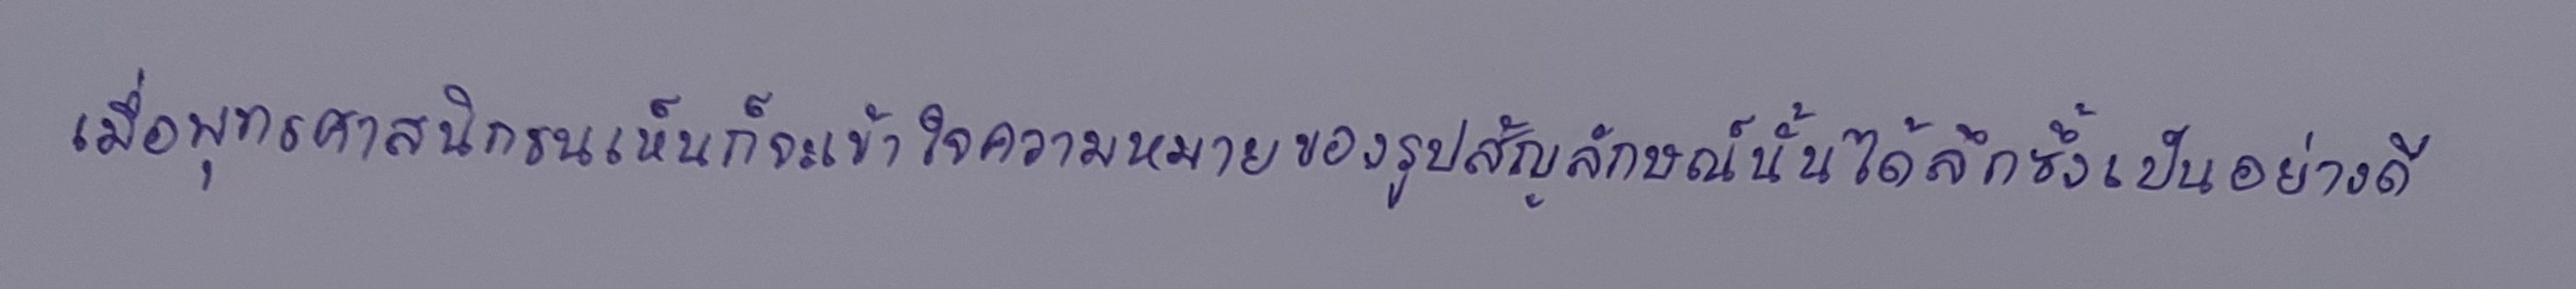
เมื่อพุทธศาสนิกชนเห็นก็จะเข้าใจความหมายของรูปสัญลักษณ์นั้นได้ลึกซึ้งเป็นอย่างดี